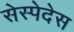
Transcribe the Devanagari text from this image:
सेस्पेदेस